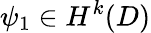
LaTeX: \psi_{1}\in H^{k}(D)